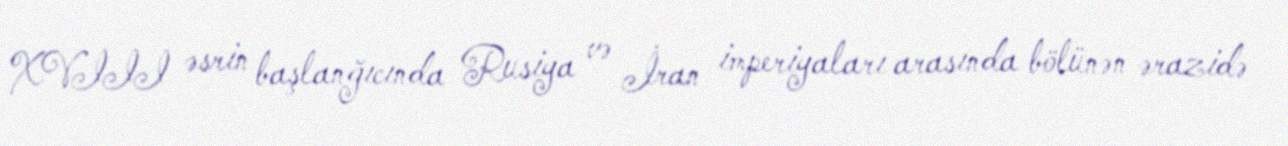
XVIII əsrin başlanğıcında Rusiya və İran imperiyaları arasında bölünən ərazidə